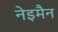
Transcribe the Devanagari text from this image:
नेइमैन